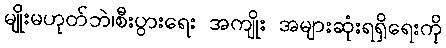
မျိုးမဟုတ်ဘဲ၊စီးပွားရေး အကျိုး အများဆုံးရရှိရေးကို